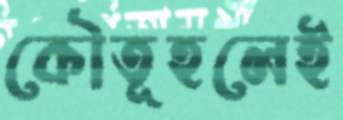
কৌতূহলেই